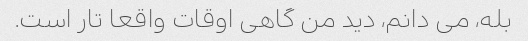
بله، می دانم، دید من گاهی اوقات واقعا تار است.